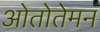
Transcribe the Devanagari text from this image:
ओतोतेमन